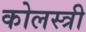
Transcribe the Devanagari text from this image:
कोलस्त्री